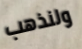
ولنذهب